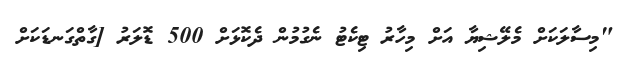
"މިސާލަކަށް މެލޭޝިޔާ އަށް މިހާރު ޓިކެޓު ނެގުމުން ދެކޮޅަށް 500 ޑޮލަރު [ގާތްގަނޑަކަށް